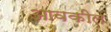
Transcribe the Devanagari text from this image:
आवकील